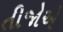
તીજોએ